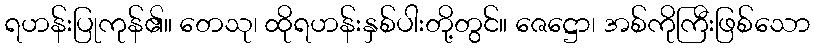
ရဟန်းပြုကုန်၏။ တေသု၊ ထိုရဟန်းနှစ်ပါးတို့တွင်။ ဇေဋ္ဌော၊ အစ်ကိုကြီးဖြစ်သော